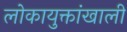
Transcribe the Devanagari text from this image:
लोकायुक्तांखाली